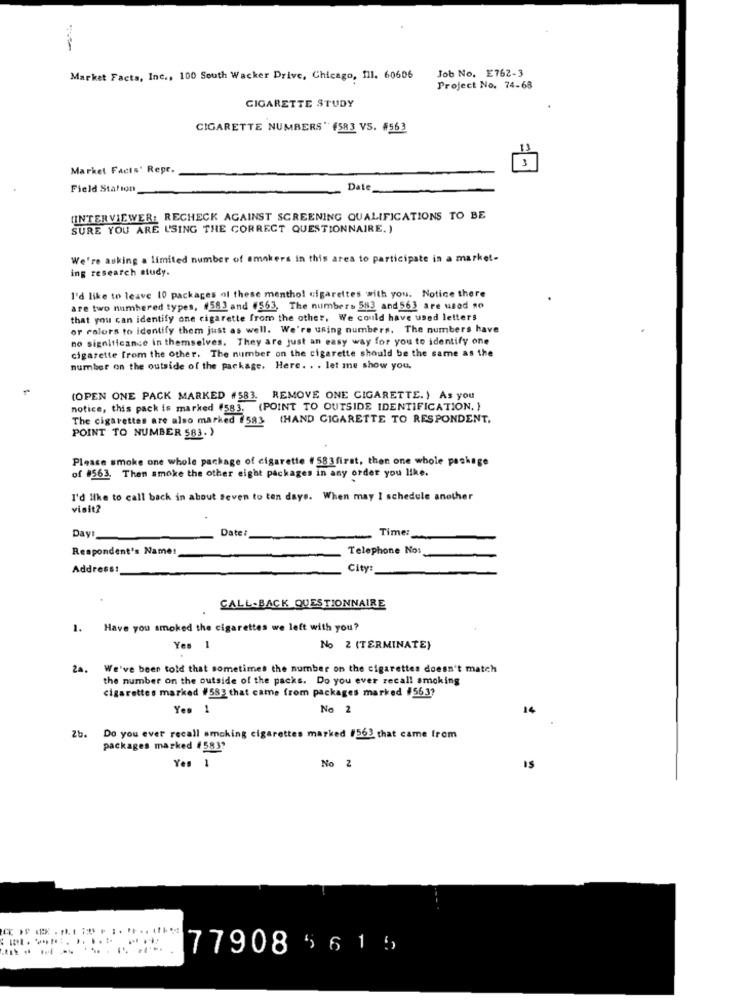
Job No. E762-3
Market Facts, Inc ., 100 South Wacker Drive, Chicago, 111. 60606
Project No. 74-68
CIGARETTE STUDY
CIGARETTE NUMBERS" #583 VS. #563
3
Market Facts' Repr.
Field Station
Date
(INTERVIEWER: RECHECK AGAINST SCREENING QUALIFICATIONS TO BE
SURE YOU ARE USING THE CORRECT QUESTIONNAIRE.)
We're asking a limited number of smokers in this area to participate in a market-
ing research study.
I'd like to leave 10 packages of these menthol cigarettes with you. Notice there
are two numbered types, #583 and (563. The numbers 583 and 563 are used so
that you can identify one cigarette from the other. We could have used letters
or ealors to identify them just as well. We're using numbers. The numbers have
no significance in themselves. They are just an easy way for you to identify one
cigarette from the other. The number on the cigarette should be the same as the
number on the outside of the package. Here. . . let me show you.
(OPEN ONE PACK MARKED #583. REMOVE ONE CIGARETTE.) As you
notice, this pack is marked #583. (POINT TO OUTSIDE IDENTIFICATION. )
The cigarettes are also marked 1583 (HAND CIGARETTE TO RESPONDENT,
POINT TO NUMBER 583.)
Please smoke one whole package of cigarette # 583 first, thon one whole package
of #563. Then smoke the other eight packages in any order you like.
I'd like to call back in about seven to ten days. When may I schedule another
visit?
Days
Date:
Time:
Respondent's Name:
Telephone No:
Address:
City:
CALL-BACK QUESTIONNAIRE
1. Have you smoked the cigarettes we left with you?
Yes 1
No 2 (TERMINATE)
2a.
We've been told that sometimes the number on the cigarettes doesn't match
the number on the outside of the packs. Do you ever recall smoking
cigarettes marked #583 that came from packages marked #563?
Yes 1
No 2
14
Zb.
Do you ever recall smoking cigarettes marked #563 that came from
packages marked #583?
Yes 1
No 2
77908 5615